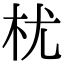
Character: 𣏞